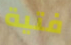
فتية